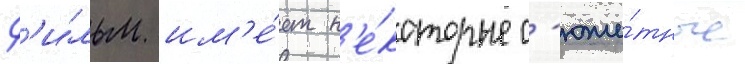
Ф'и́льм им'е́ет н'е́которые с'юже́тные